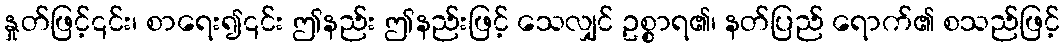
နှုတ်ဖြင့်၎င်း၊ စာရေး၍၎င်း ဤနည်း ဤနည်းဖြင့် သေလျှင် ဥစ္စာရ၏၊ နတ်ပြည် ရောက်၏ စသည်ဖြင့်